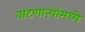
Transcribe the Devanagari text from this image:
वाटणाऱ्यांमध्ये